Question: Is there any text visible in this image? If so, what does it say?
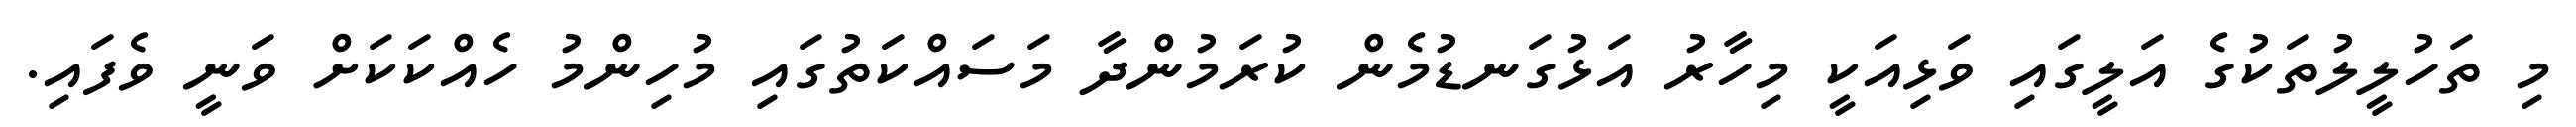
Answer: މި ތަހުލީލުތަކުގެ އަލީގައި ވަޅިއަކީ މިހާރު އަޅުގަނޑުމެން ކުރަމުންދާ މަސައްކަތުގައި މުހިންމު ހެއްކަކަށް ވަނީ ވެފައި.